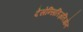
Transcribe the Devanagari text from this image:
देसेन्सितिज़तिओन